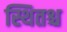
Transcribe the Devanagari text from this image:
स्थितश्च